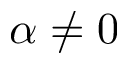
\alpha \neq 0